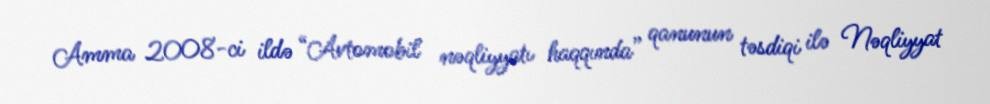
Amma 2008-ci ildə “Avtomobil nəqliyyatı haqqında” qanunun təsdiqi ilə Nəqliyyat